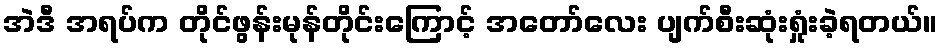
အဲဒီ အရပ်က တိုင်ဖွန်းမုန်တိုင်းကြောင့် အတော်လေး ပျက်စီးဆုံးရှုံးခဲ့ရတယ်။